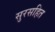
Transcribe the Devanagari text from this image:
सुरसहित